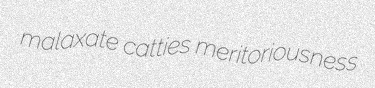
malaxate catties meritoriousness